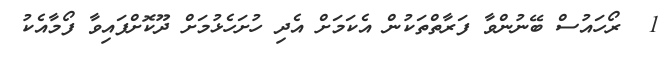
1  ރޯހައުސް ބޭނުންވާ ފަރާތްތަކުން އެކަމަށް އެދި ހުށަހެޅުމަށް ދޫކޮށްފައިވާ ފޯމާއެކު